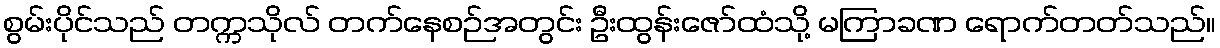
စွမ်းပိုင်သည် တက္ကသိုလ် တက်နေစဉ်အတွင်း ဦးထွန်းဇော်ထံသို့ မကြာခဏ ရောက်တတ်သည်။